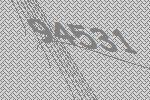
94531